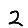
Digit: 2